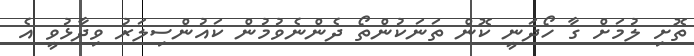
ތޮށި ލުމަށް ގާ ހޯދަނީ ކޮން ތަނަކުންތޯ ދެންނެވުމުން ކައުންސިލަރު ވިދާޅުވީ އެ